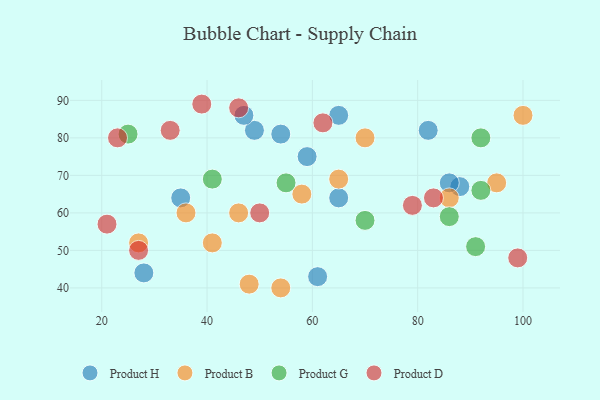
{"axis": {"x": "GDP", "y": "Life Expectancy"}, "legend": ["Product B", "Product D", "Product G", "Product H"], "data": [{"x": "28", "y": 44, "type": "Product H"}, {"x": "65", "y": 64, "type": "Product H"}, {"x": "61", "y": 43, "type": "Product H"}, {"x": "35", "y": 64, "type": "Product H"}, {"x": "88", "y": 67, "type": "Product H"}, {"x": "49", "y": 82, "type": "Product H"}, {"x": "47", "y": 86, "type": "Product H"}, {"x": "54", "y": 81, "type": "Product H"}, {"x": "65", "y": 86, "type": "Product H"}, {"x": "82", "y": 82, "type": "Product H"}, {"x": "86", "y": 68, "type": "Product H"}, {"x": "59", "y": 75, "type": "Product H"}, {"x": "54", "y": 40, "type": "Product B"}, {"x": "41", "y": 52, "type": "Product B"}, {"x": "65", "y": 69, "type": "Product B"}, {"x": "70", "y": 80, "type": "Product B"}, {"x": "95", "y": 68, "type": "Product B"}, {"x": "27", "y": 52, "type": "Product B"}, {"x": "100", "y": 86, "type": "Product B"}, {"x": "48", "y": 41, "type": "Product B"}, {"x": "46", "y": 60, "type": "Product B"}, {"x": "36", "y": 60, "type": "Product B"}, {"x": "86", "y": 64, "type": "Product B"}, {"x": "58", "y": 65, "type": "Product B"}, {"x": "25", "y": 81, "type": "Product G"}, {"x": "41", "y": 69, "type": "Product G"}, {"x": "55", "y": 68, "type": "Product G"}, {"x": "70", "y": 58, "type": "Product G"}, {"x": "92", "y": 80, "type": "Product G"}, {"x": "91", "y": 51, "type": "Product G"}, {"x": "86", "y": 59, "type": "Product G"}, {"x": "92", "y": 66, "type": "Product G"}, {"x": "39", "y": 89, "type": "Product D"}, {"x": "23", "y": 80, "type": "Product D"}, {"x": "79", "y": 62, "type": "Product D"}, {"x": "50", "y": 60, "type": "Product D"}, {"x": "27", "y": 50, "type": "Product D"}, {"x": "21", "y": 57, "type": "Product D"}, {"x": "83", "y": 64, "type": "Product D"}, {"x": "33", "y": 82, "type": "Product D"}, {"x": "99", "y": 48, "type": "Product D"}, {"x": "62", "y": 84, "type": "Product D"}, {"x": "46", "y": 88, "type": "Product D"}]}